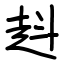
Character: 﨣